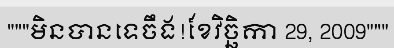
"""មិនបានទេចឹង!ខែវិច្ឆិកា 29, 2009"""